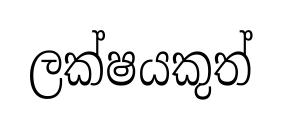
ලක්ෂයකුත්